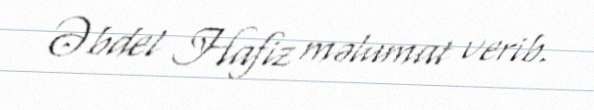
Əbdel Hafiz məlumat verib.